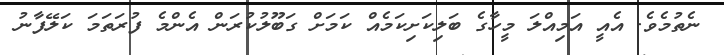
ނެތުމެވެ. އެއީ އަމިއްލަ މީހާގެ ބަލިކަށިކަމެއް ކަމަށް ގަބޫލުކުރަން އެންމެ ފުރަތަމަ ކަލޭފާނު